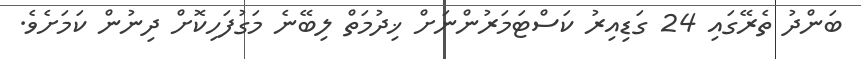
ބަންދު ތެރޭގައި 24 ގަޑިއިރު ކަސްޓަމަރުންނަށް ޚިދުމަތް ލިބޭނެ މަގުފަހިކޮށް ދިނުން ކަމަށެވެ.